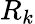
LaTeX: R_{k}